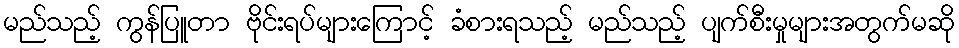
မည်သည့် ကွန်ပြူတာ ဗိုင်းရပ်များကြောင့် ခံစားရသည့် မည်သည့် ပျက်စီးမှုများအတွက်မဆို